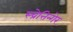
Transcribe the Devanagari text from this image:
स्च्रेत्तिन्गेर